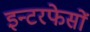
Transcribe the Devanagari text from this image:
इन्टरफेसों